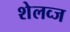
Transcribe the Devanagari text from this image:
शेलव्ज